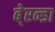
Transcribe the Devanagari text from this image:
बे्रन्डा